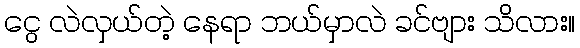
ငွေ လဲလှယ်တဲ့ နေရာ ဘယ်မှာလဲ ခင်ဗျား သိလား။